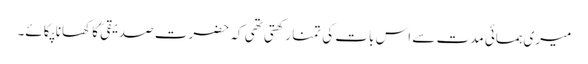
میری ہمسائی مدت سے اس بات کی تمنا رکھتی تھی کہ حضرت صدیقیؒ کا کھانا پکائے۔